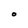
Character: O